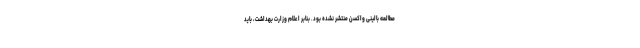
مطالعه بالینی واکسن منتشر نشده بود. بنابر اعلام وزارت بهداشت، باید